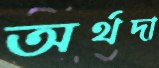
অর্থদা